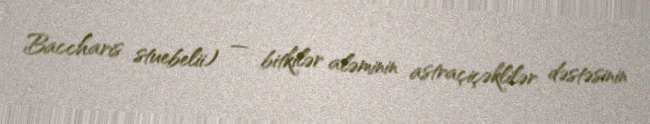
Baccharis stuebelii) — bitkilər aləminin astraçiçəklilər dəstəsinin